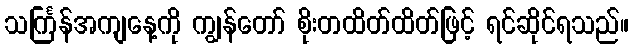
သင်္ကြန်အကျနေ့ကို ကျွန်တော် စိုးတထိတ်ထိတ်ဖြင့် ရင်ဆိုင်ရသည်။